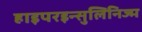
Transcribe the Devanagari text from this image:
हाइपरइन्सुलिनिज्म